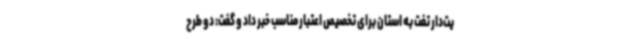
یت‌دار تفت به استان برای تخصیص اعتبار مناسب خبر داد و گفت: دو طرح